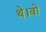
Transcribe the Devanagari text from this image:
थे।वो